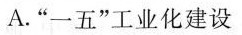
A.”一五”工业化建设